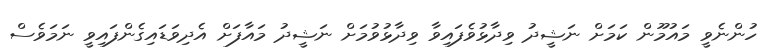
ހުންނެވީ މައުމޫން ކަމަށް ނަޝީދު ވިދާޅުވެފައިވާ ވިދާޅުވުމަށް ނަޝީދު މައާފަށް އެދިވަޑައިގެންފައިވީ ނަމަވެސް